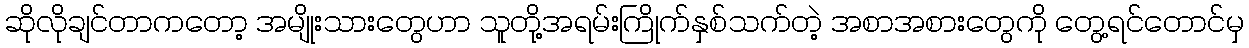
ဆိုလိုချင်တာကတော့ အမျိုးသားတွေဟာ သူတို့အရမ်းကြိုက်နှစ်သက်တဲ့ အစာအစားတွေကို တွေ့ရင်တောင်မှ